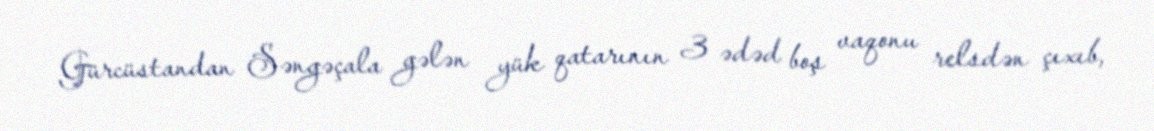
Gürcüstandan Səngəçala gələn yük qatarının 3 ədəd boş vaqonu relsdən çıxıb,